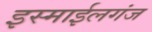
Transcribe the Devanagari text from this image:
इस्माईलगंज